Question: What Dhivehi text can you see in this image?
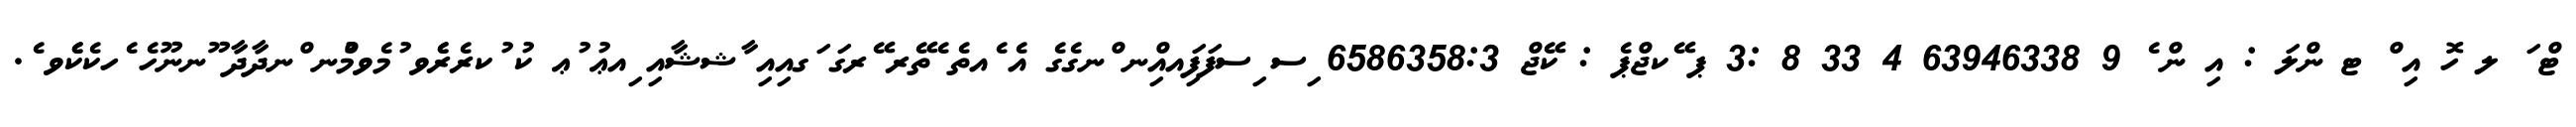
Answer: ޓް ަ ލ ހޮ އި ް ޓ ންލަ : އި ން ެ 9 63946338 4 33 8 :3 ޕ ޭކޖްޕެ : ކޭޖް 6586358:3 ިސ ިސފަފަިއއިްނ ްނގެގެ އެ ެއތެ ެތޭރ ޭރގަ ަގއިއި ާޝޝާއި ިއޢު ުޢ ކު ުކރެރެެވ ުމެވމުްނ ްނދާދާ ޫނނޫހެ ެހކެކެެވ ެ.